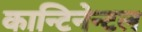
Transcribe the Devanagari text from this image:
कान्टिनेन्टल